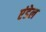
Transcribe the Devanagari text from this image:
एंडेल